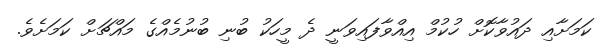
ކަމަށާއި ދައުވާކޮށް ހުކުމް އިއްވާފައިވަނީ ދެ މީހަކު ބުނި ބުނުމެއްގެ މައްޗަށް ކަމަށެވެ.